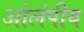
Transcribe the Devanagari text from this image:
ओलंपीय